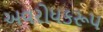
અવરોધકરૂપ